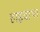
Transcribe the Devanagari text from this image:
हाइवाथा